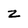
Character: z